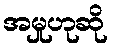
အမှုဟုဆို